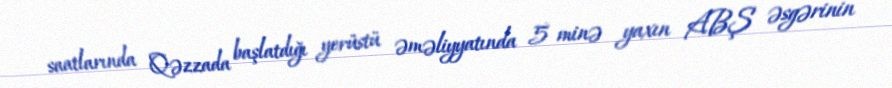
saatlarında Qəzzada başlatdığı yerüstü əməliyyatında 5 minə yaxın ABŞ əsgərinin